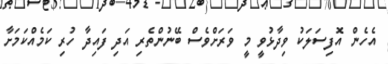
އެހެން އޮފިސަލަކު ވިދާޅުވީ މީ ވަރަށްވެސް ބޭނުންތެރި އަދި ފައިދާ ހުރި ކަމެއްކަމަށާ